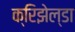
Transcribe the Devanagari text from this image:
क्रिझेल्डा